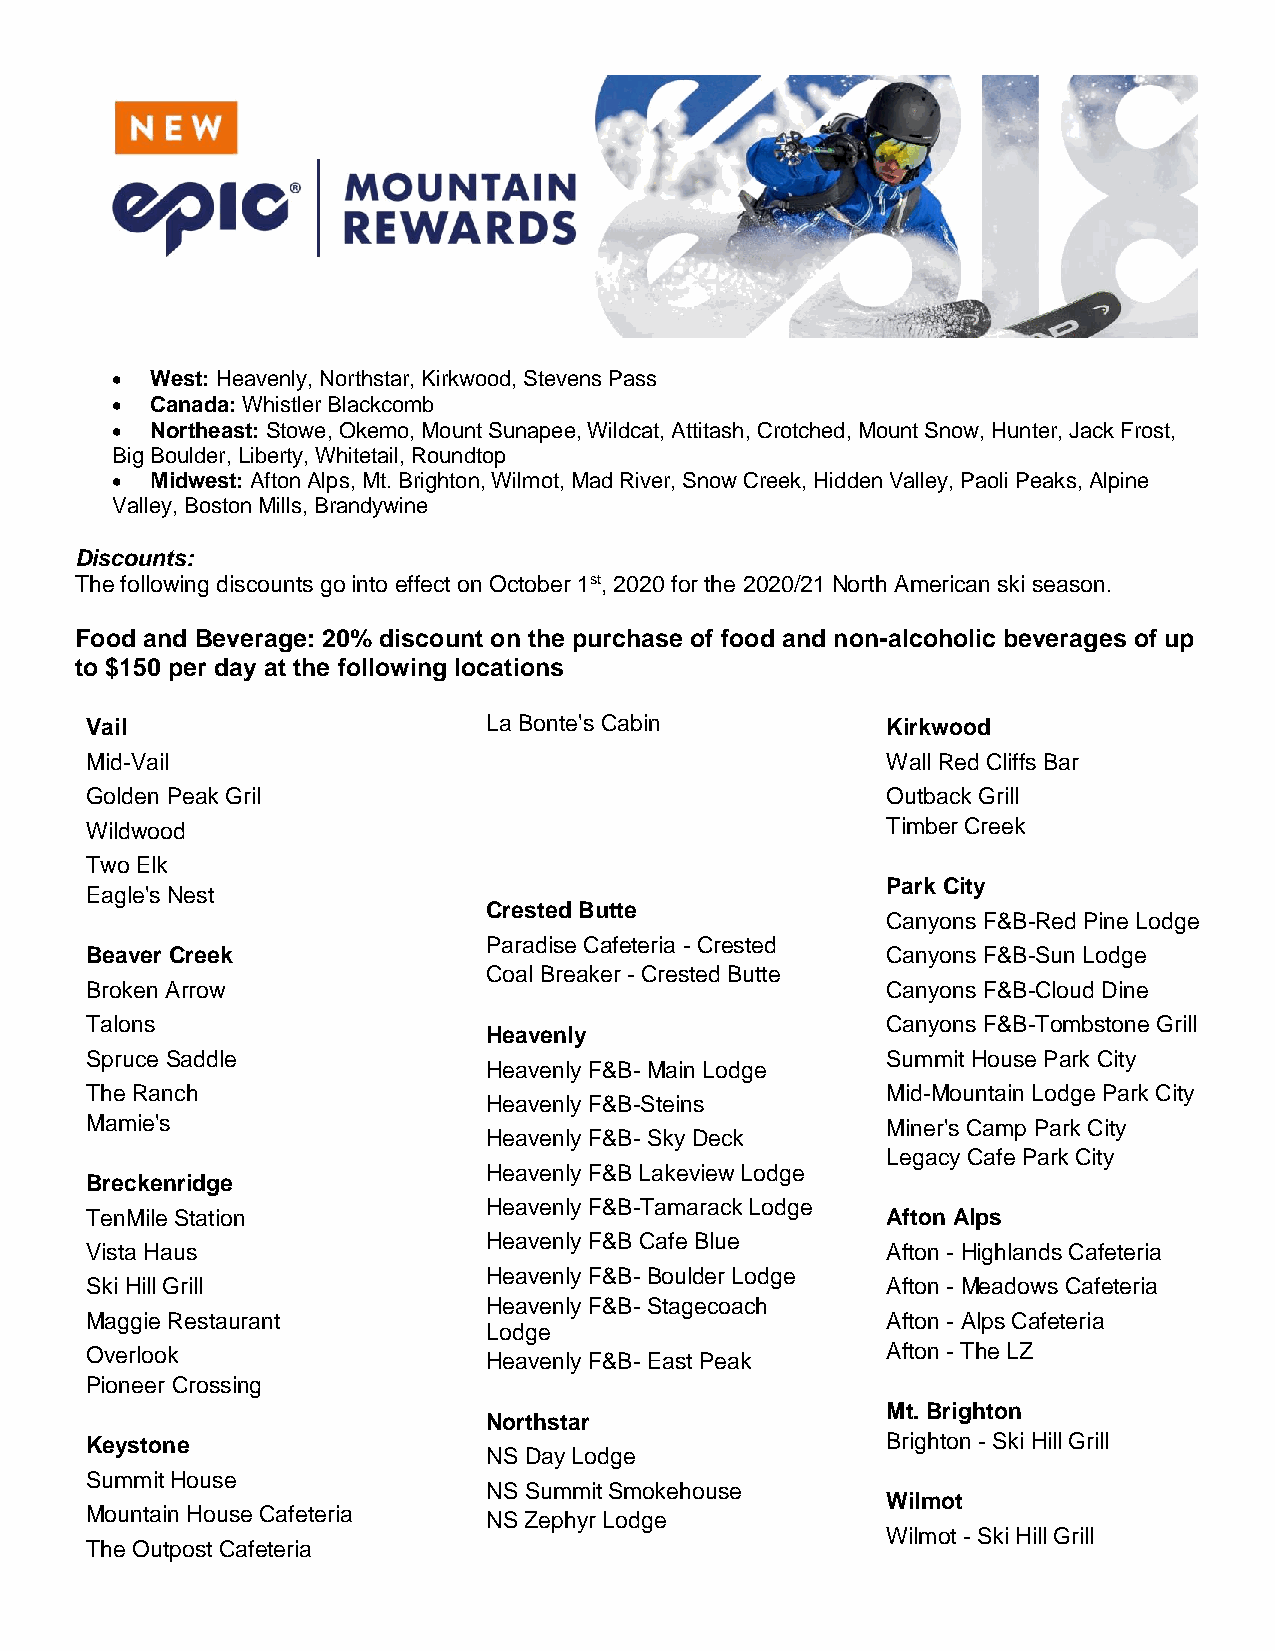
  West: Heavenly, Northstar, Kirkwood, Stevens Pass
   Canada: Whistler Blackcomb
   Northeast: Stowe, Okemo, Mount Sunapee, Wildcat, Attitash, Crotched, Mount Snow, Hunter, Jack Frost,
 Big Boulder, Liberty, Whitetail, Roundtop
   Midwest: Afton Alps, Mt. Brighton, Wilmot, Mad River, Snow Creek, Hidden Valley, Paoli Peaks, Alpine
 Valley, Boston Mills, Brandywine
 Discounts:
 The following discounts go into effect on October 1st, 2020 for the 2020/21 North American ski season.
 Food and Beverage: 20% discount on the purchase of food and non-alcoholic beverages of up
 to $150 per day at the following locations
 Vail                      La Bonte's Cabin           Kirkwood
 Mid-Vail                                             Wall Red Cliffs Bar
 Golden Peak Gril                                     Outback Grill
 Wildwood                                             Timber Creek
 Two Elk
 Park City
 Eagle's Nest
 Crested Butte
 Canyons F&B-Red Pine Lodge
 Paradise Cafeteria - Crested
 Beaver Creek                                         Canyons F&B-Sun Lodge
 Coal Breaker - Crested Butte
 Broken Arrow                                         Canyons F&B-Cloud Dine
 Talons                                               Canyons F&B-Tombstone Grill
 Heavenly
 Spruce Saddle                                        Summit House Park City
 Heavenly F&B- Main Lodge
 The Ranch                                            Mid-Mountain Lodge Park City
 Heavenly F&B-Steins
 Mamie's                                              Miner's Camp Park City
 Heavenly F&B- Sky Deck
 Legacy Cafe Park City
 Heavenly F&B Lakeview Lodge
 Breckenridge
 Heavenly F&B-Tamarack Lodge
 TenMile Station                                      Afton Alps
 Heavenly F&B Cafe Blue
 Vista Haus                                           Afton - Highlands Cafeteria
 Heavenly F&B- Boulder Lodge
 Ski Hill Grill                                       Afton - Meadows Cafeteria
 Heavenly F&B- Stagecoach
 Maggie Restaurant                                    Afton - Alps Cafeteria
 Lodge
 Overlook                  Heavenly F&B- East Peak    Afton - The LZ
 Pioneer Crossing
 Mt. Brighton
 Northstar
 Keystone                                             Brighton - Ski Hill Grill
 NS Day Lodge
 Summit House
 NS Summit Smokehouse
 Wilmot
 Mountain House Cafeteria  NS Zephyr Lodge
 Wilmot - Ski Hill Grill
 The Outpost Cafeteria